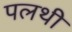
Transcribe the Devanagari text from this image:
पलथी